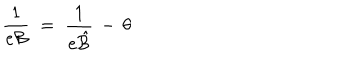
\frac { 1 } { e { \mathcal B } } \; = \; \frac { 1 } { e { \hat { \mathcal B } } } \, - \, \theta